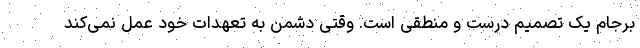
برجام یک تصمیم درست و منطقی است. وقتی دشمن به تعهدات خود عمل نمی‌کند